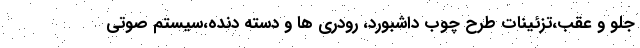
جلو و عقب،تزئینات طرح چوب داشبورد، رودری ها و دسته دنده،سیستم صوتی